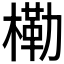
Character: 𭫤